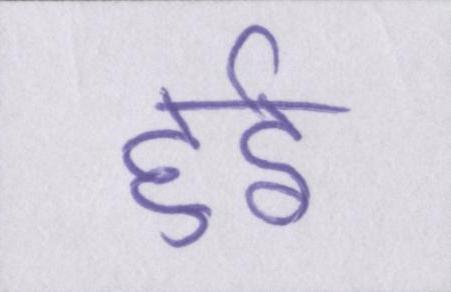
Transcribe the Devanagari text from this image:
हुईं